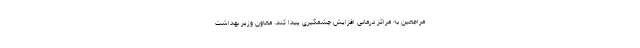
مراجعین به مراکز درمانی افزایش چشمگیری پیدا کند. معاون وزیر بهداشت